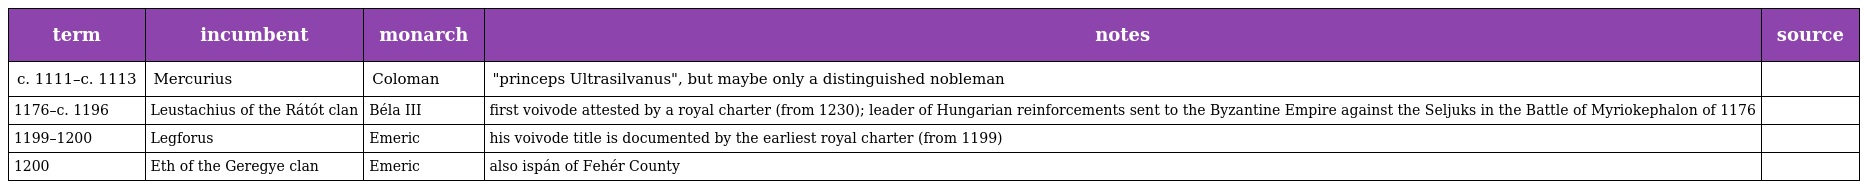
| term | incumbent | monarch | notes | source |
 | --- | --- | --- | --- | --- |
 | c. 1111–c. 1113 | Mercurius | Coloman | "princeps Ultrasilvanus", but maybe only a distinguished nobleman |  |
 | 1176–c. 1196 | Leustachius of the Rátót clan | Béla III | first voivode attested by a royal charter (from 1230); leader of Hungarian reinforcements sent to the Byzantine Empire against the Seljuks in the Battle of Myriokephalon of 1176 |  |
 | 1199–1200 | Legforus | Emeric | his voivode title is documented by the earliest royal charter (from 1199) |  |
 | 1200 | Eth of the Geregye clan | Emeric | also ispán of Fehér County |  |